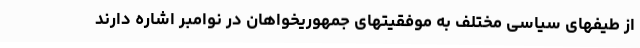
از طیفهای سیاسی مختلف به موفقیتهای جمهوریخواهان در نوامبر اشاره دارند